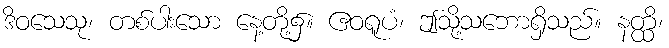
ဒိဝသေသု၊ တစ်ပါးသော နေ့တို့၌။ ဧဝရူပံ၊ ဤသို့သဘောရှိသည်။ နတ္ထိ၊